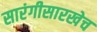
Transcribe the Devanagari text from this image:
सारंगीसारखेच